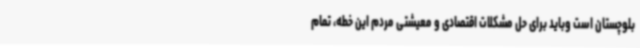
بلوچستان است وباید برای حل مشکلات اقتصادی و معیشتی مردم این خطه، تمام